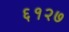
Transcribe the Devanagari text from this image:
६१२७